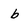
Character: b